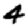
Digit: 4